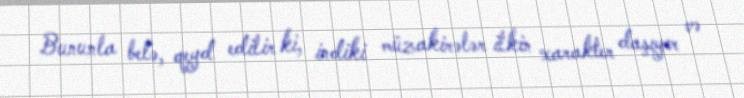
Bununla belə, qeyd edilir ki, indiki müzakirələr ilkin xarakter daşıyır və